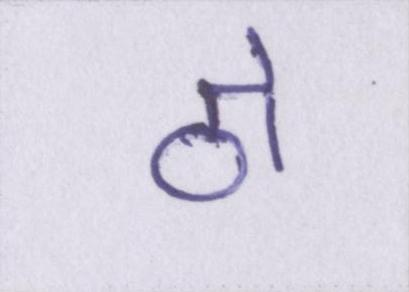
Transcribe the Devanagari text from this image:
ठो